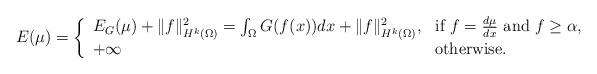
LaTeX: \begin{align*}E(\mu) = \left\{\begin{array}{ll} E_{G}(\mu) + \Vert f\Vert_{H^{k}(\Omega)}^{2} = \int_{\Omega} G(f(x)) dx+\Vert f\Vert_{H^{k}(\Omega)}^{2}, & \mbox{if}\ f =\frac{d\mu}{dx} \ \mbox{and} \ f\geq\alpha, \\+\infty & \mbox{otherwise.}\end{array}\right.\end{align*}